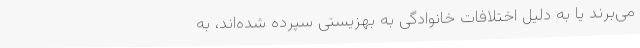
می‌برند یا به دلیل اختلافات خانوادگی به بهزیستی سپرده شده‌اند، به